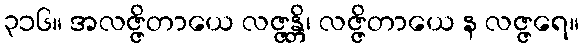
၃၁၆။ အလဇ္ဇိတာယေ လဇ္ဇန္တိ၊ လဇ္ဇိတာယေ န လဇ္ဇရေ။